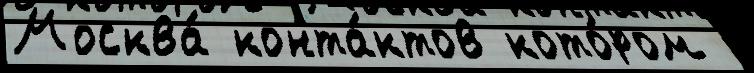
Москва́ конта́ктов кото́ром